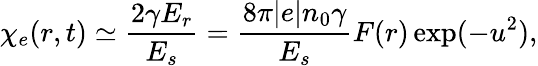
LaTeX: \chi_{e}(r,t)\simeq\frac{2\gamma E_{r}}{E_{s}}=\frac{8\pi|e|n_{0}\gamma}{E_{s}}F(r)\exp(-u^{2}),